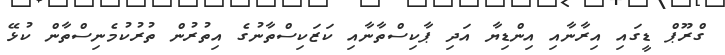
ގްރޫޕް ޑީގައި އިރާނާއި އިންޑިޔާ އަދި ޕާކިސްތާނާއި ކަޒަކިސްތާނުގެ އިތުރުން ތުރުކުމެނިސްތާން ކުޅޭ